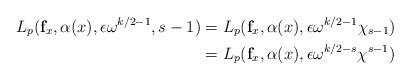
\begin{align*} L_{p}(\mathbf{f}_x,\alpha(x),\epsilon\omega^{k/2-1},s-1)&=L_{p}(\mathbf{f}_x,\alpha(x),\epsilon\omega^{k/2-1}\chi_{s-1})\\&=L_{p}(\mathbf{f}_x,\alpha(x),\epsilon\omega^{k/2-s}\chi^{s-1}) \end{align*}